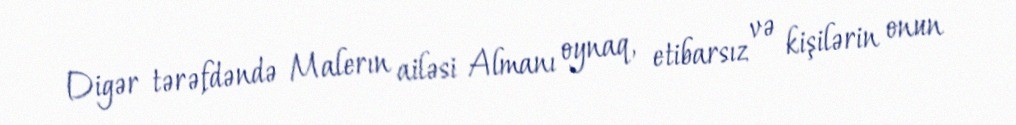
Digər tərəfdəndə Malerın ailəsi Almanı oynaq, etibarsız və kişilərin onun